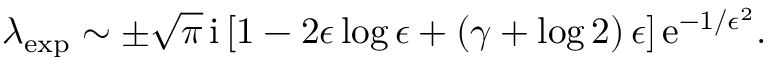
\lambda _ { \mathrm { e x p } } \sim \pm \sqrt { \pi } \, \mathrm { i } \left[ 1 - 2 \epsilon \log \epsilon + \left( \gamma + \log 2 \right) \epsilon \right] \mathrm { e } ^ { - 1 / \epsilon ^ { 2 } } .